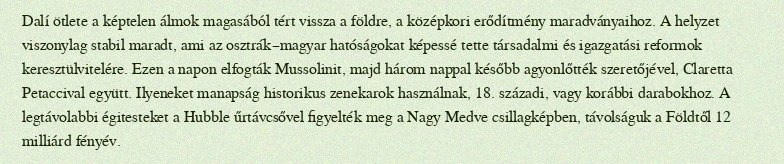
Dalí ötlete a képtelen álmok magasából tért vissza a földre, a középkori erődítmény maradványaihoz. A helyzet viszonylag stabil maradt, ami az osztrák–magyar hatóságokat képessé tette társadalmi és igazgatási reformok keresztülvitelére. Ezen a napon elfogták Mussolinit, majd három nappal később agyonlőtték szeretőjével, Claretta Petaccival együtt. Ilyeneket manapság historikus zenekarok használnak, 18. századi, vagy korábbi darabokhoz. A legtávolabbi égitesteket a Hubble űrtávcsővel figyelték meg a Nagy Medve csillagképben, távolságuk a Földtől 12 milliárd fényév.